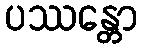
ပဿန္တော